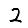
Digit: 2